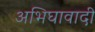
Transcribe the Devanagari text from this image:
अभिघावादी